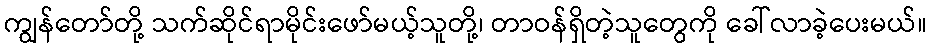
ကျွန်တော်တို့ သက်ဆိုင်ရာမိုင်းဖော်မယ့်သူတို့၊ တာဝန်ရှိတဲ့သူတွေကို ခေါ်လာခဲ့ပေးမယ်။